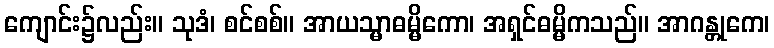
ကျောင်း၌လည်း။ သုဒံ၊ စင်စစ်။ အာယသ္မာဓမ္မိကော၊ အရှင်ဓမ္မိကသည်။ အာဂန္တုကေ၊